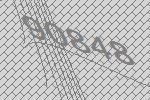
90848